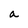
Character: a